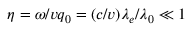
\eta = \omega / v q _ { 0 } = ( c / v ) \lambda _ { e } / \lambda _ { 0 } \ll 1